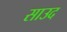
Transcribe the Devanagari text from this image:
साउद